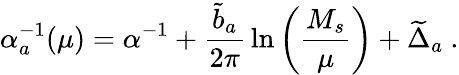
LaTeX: \alpha_{a}^{-1}(\mu)=\alpha^{-1}+{\frac{{\widetilde b}_{a}}{2\pi}}\ln\left({\frac{M_{s}}{\mu}}\right)+{\widetilde\Delta}_{a}~.